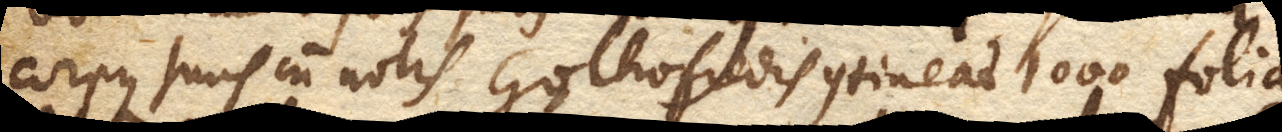
corpus juris cum notis Gothofredis contineat 1000 folia,